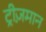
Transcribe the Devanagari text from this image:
ट्रीज़मान